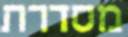
מסדרת